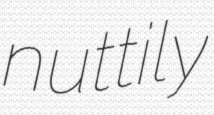
nuttily